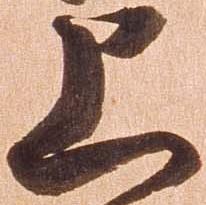
上